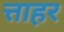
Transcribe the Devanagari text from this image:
त्ताहर